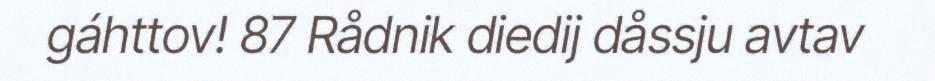
gáhttov! 87 Rådnik diedij dåssju avtav